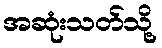
အဆုံးသတ်သို့